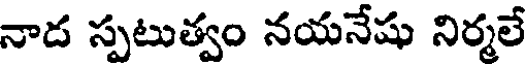
నాద స్పటుత్వం నయనేషు నిర్మలే